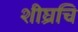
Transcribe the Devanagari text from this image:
शीघ्रचि